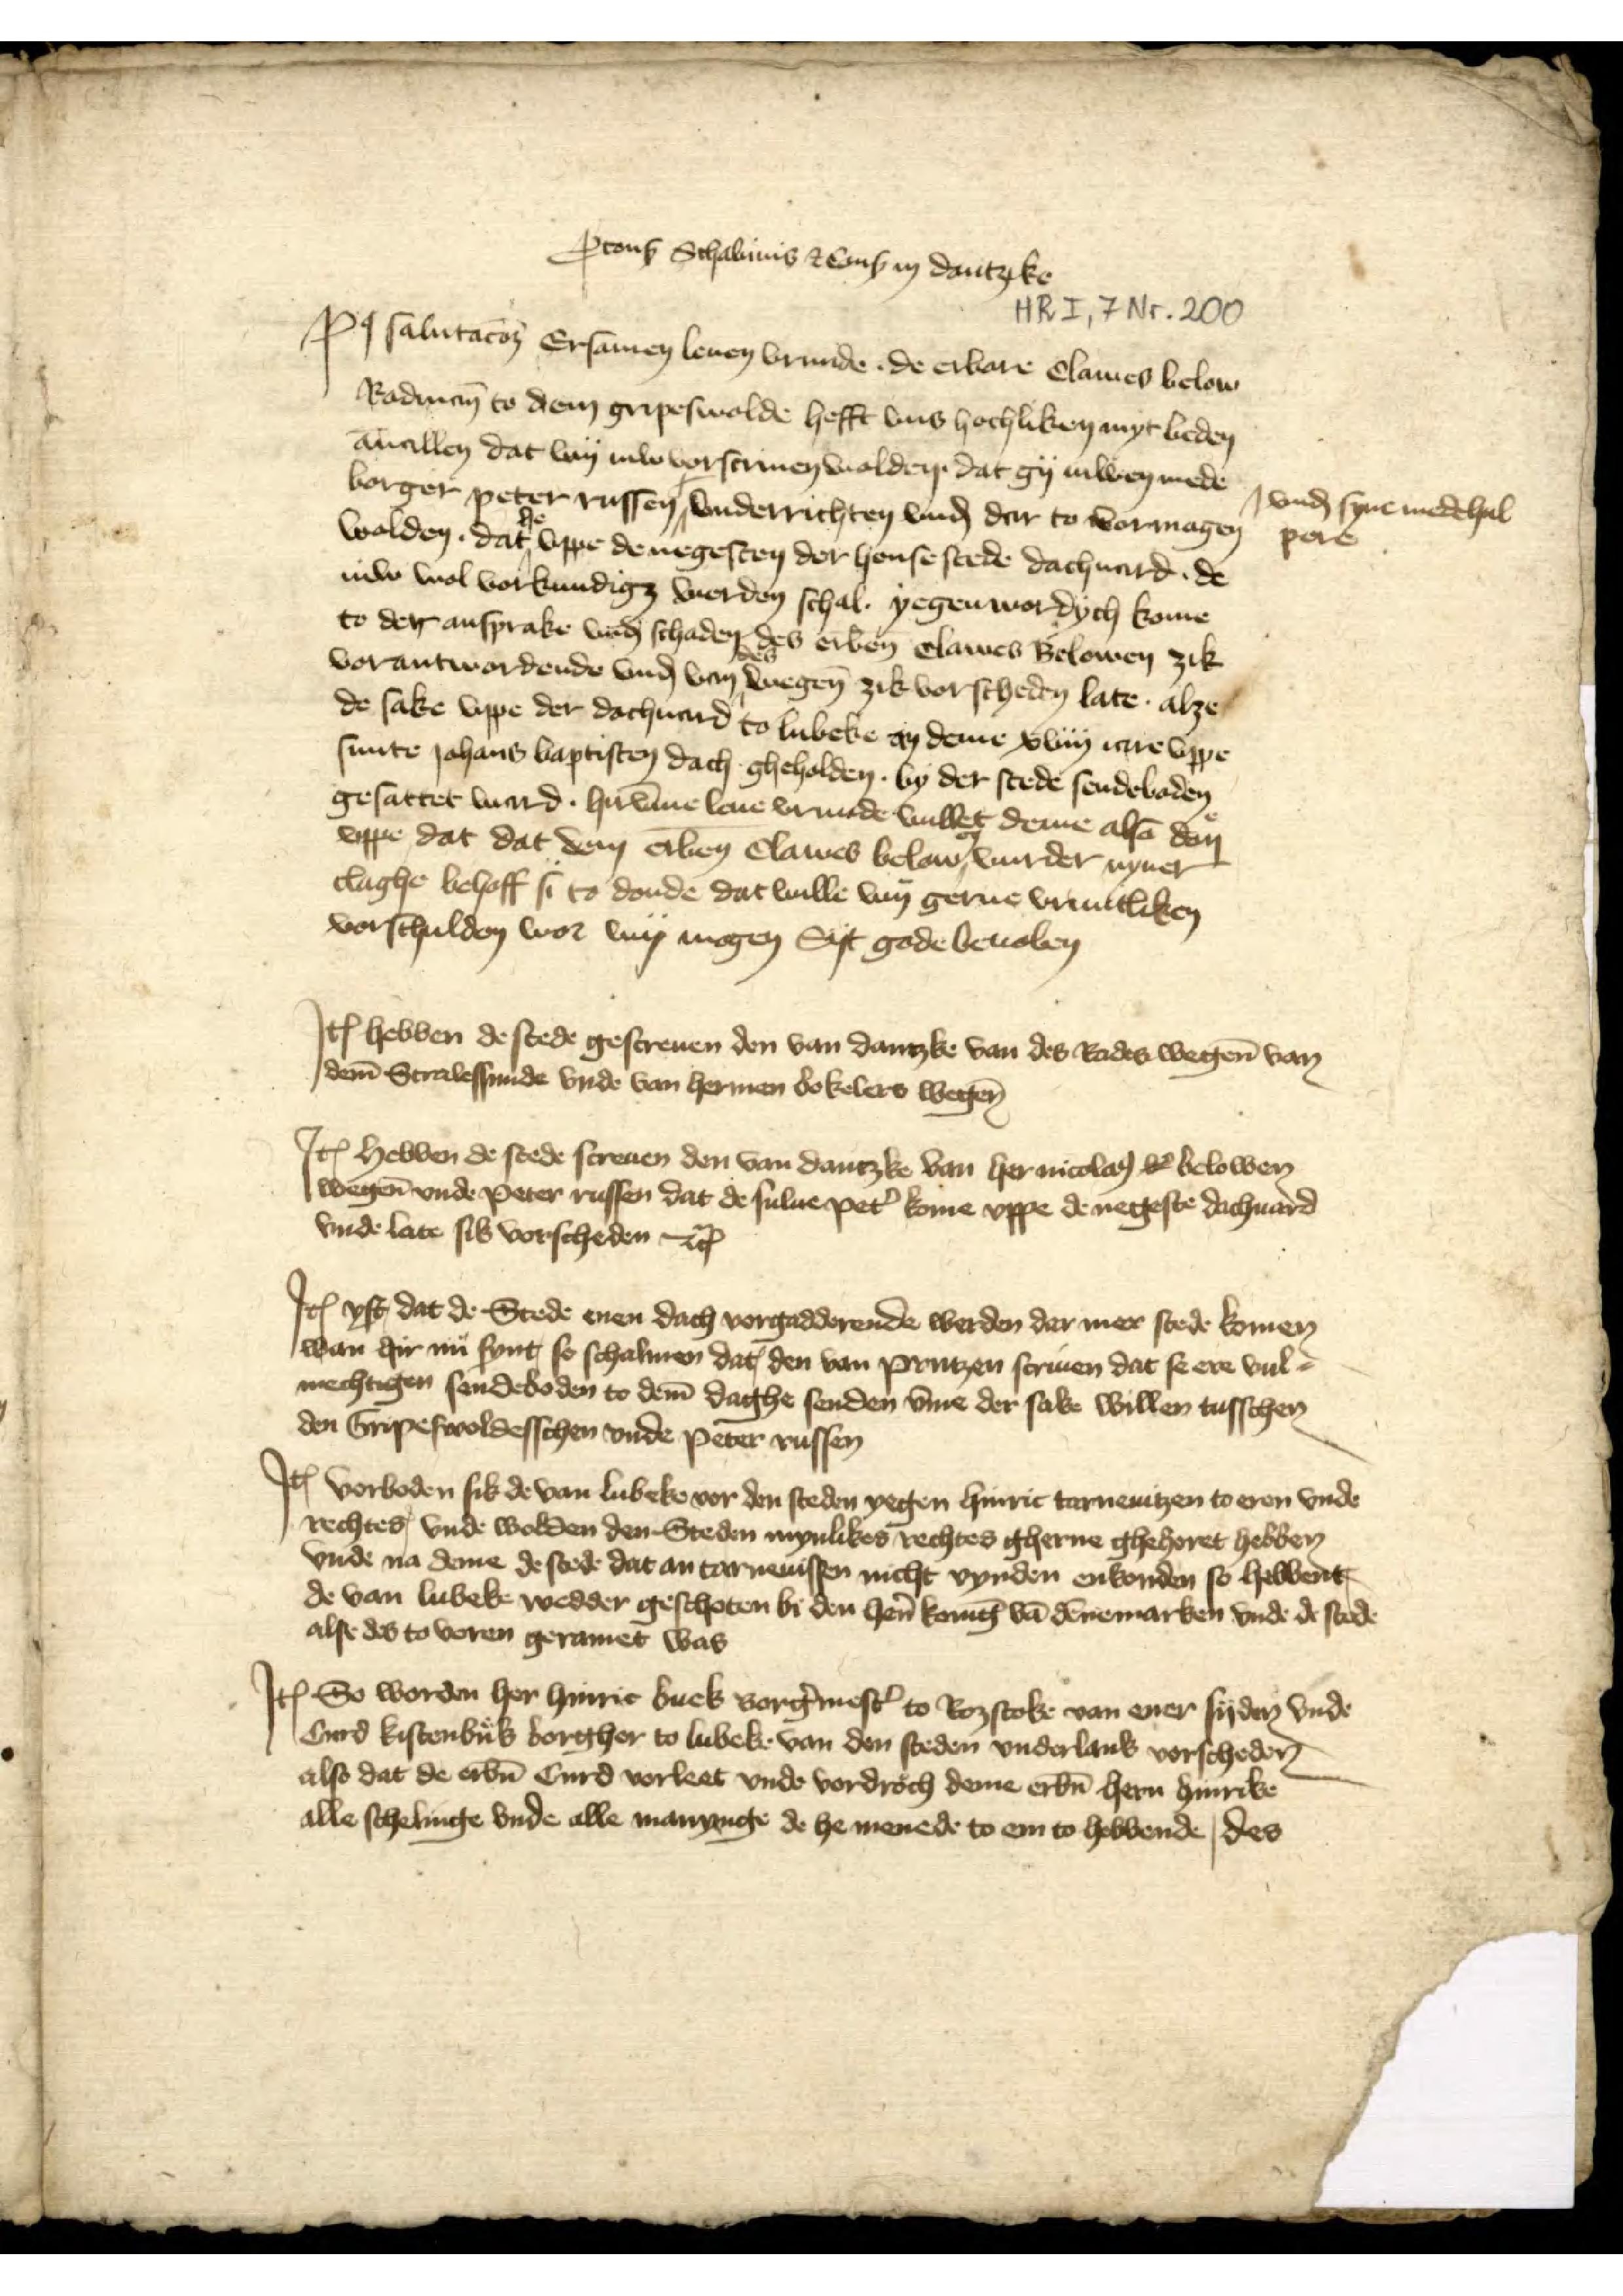
Ꝑconß Schalinis et conß in Dantzike
Po̧ salutatoꝬ Ersamen leuen vrunde de erbare Clawes Below
Radman to dem Gripeswolde hefft vns hochliken myt beden
āuallen dat wy iuw vorscriuen wolden dat gy iuwen mede
borger Peter Russen ^ vnderrichten vnḑ dar to vormagen
wolden, dat he vppe de negesten der hense stede dachuard de
iuw wol vorkundigꝬ werden schal yegenwordich kome
to de ansprake vnḑ schaden des erben̄ Clawes Belowen zik
vorantwordende vnḑ van wegen zik vorscheden late alze
de sake vppe der dachuard to Lubeke an deme xviij iare vppe
sunte Johanis baptisten dach gheholden by der stede sendebaden
gesattet ward. hirv̄me leue vrunde vullet deme also don
vppe dat dat dem erben̄ Clawes Below en vurder nyner
claghe behoff si to donde dat wille wy gerne vruntliken
vorschulden wor wy mogen Syt gode beuolen

^vnḑ syne medehul¬
pere

Jꝷ hebben de stede gescreuen den van Danzke van des Rades wegen̄ van
dem̄ Stralessunde vnde van Hermen Bokelers wegen

Jꝷ hebben de stede screuen den van Dantzike van Her Nicolao̧ Belowen
wegen vnde Peter Russen dat de sulue Pet̉ kome vppe de negeste dachuard
vnde late sik vorscheden etꝬ

Jꝷ ys dat de Stede men dach vorgadderende werden dar mer stede komen
wan hir nu synt so schalmen dat den van Prutzen scriuen dat se ere vul¬
mechtigen sendeboden to dem̄ daghe senden v̄me der sake willen tusschen
den Gripeswoldesschen vnde Peter Russen

Jꝷ vorboden sik de van Lubeke vor den steden yegen Hinric Tarneuitzen to eren vnde
rechtes vnde wolden den Steden mynlikes rechtes gherne ghehoret hebben
vnde na deme de stede dat an Tarneuissen nicht vynden enkonden so hebbent
de van Lubeke wedder geschoten bi den hẻn Konīg vā Dēnemarken vnde de stede
alse des to voren geramet was

Jꝷ So worden her Hinric Bues Borg̉mest̉ to Roztoke van ener syden vnde
Curd Kistenbus borgher to Lubeke van den steden vnderlans vorscheden
also dat de erbn̄ Curd vorleet vnde vordroch deme erbn̄ hern Hinrike
alle schelinge vnde alle manynge de he menede to em to hebbende, des